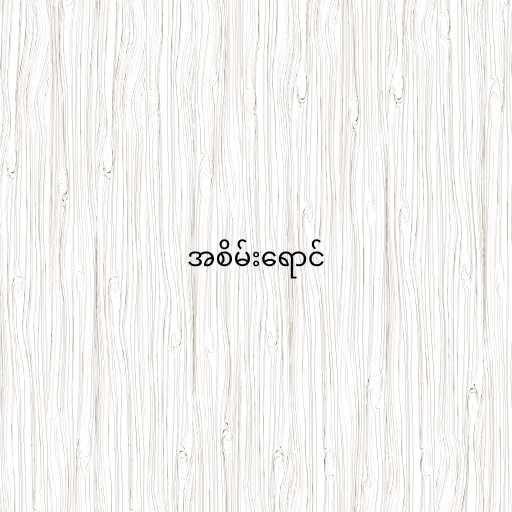
အစိမ်းရောင်